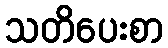
သတိပေးစာ